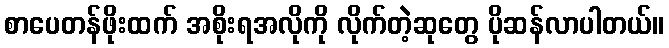
စာပေတန်ဖိုးထက် အစိုးရအလိုကို လိုက်တဲ့ဆုတွေ ပိုဆန်လာပါတယ်။